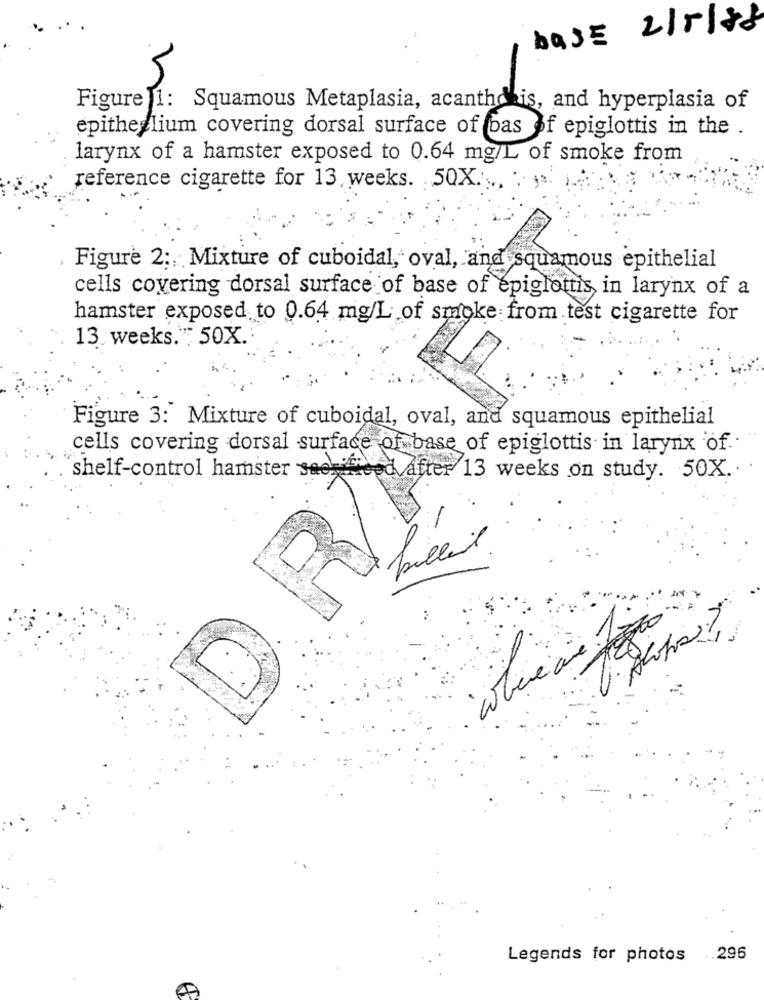
base 2/5/88
Figure 1: Squamous Metaplasia, acanthdis, and hyperplasia of
epithelium covering dorsal surface of bas of epiglottis in the .
larynx of a hamster exposed to 0.64 mg/L of smoke from
reference cigarette for 13 weeks. 50X .....
Figure 2 ;, Mixture of cuboidal, oval, and squamous epithelial
cells covering dorsal surface of base of epiglottis in larynx of a
hamster exposed to 0.64 mg/L of smoke from test cigarette for
13 weeks." 50X.
Figure 3: Mixture of cuboidal, oval, and squamous epithelial
cells covering dorsal surface of base of epiglottis in larynx of.
shelf-control hamster seenfeed after 13 weeks on study. 50X.
-
billed
-
D.
Legends for photos
.. 296
A